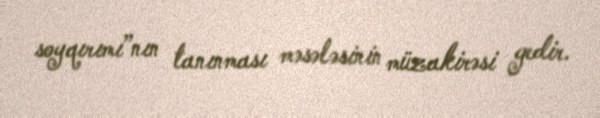
soyqırımı”nın tanınması məsələsinin müzakirəsi gedir.